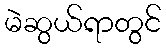
မဲဆွယ်ရာတွင်